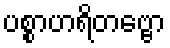
ပစ္စာဟရိတဗ္ဗော